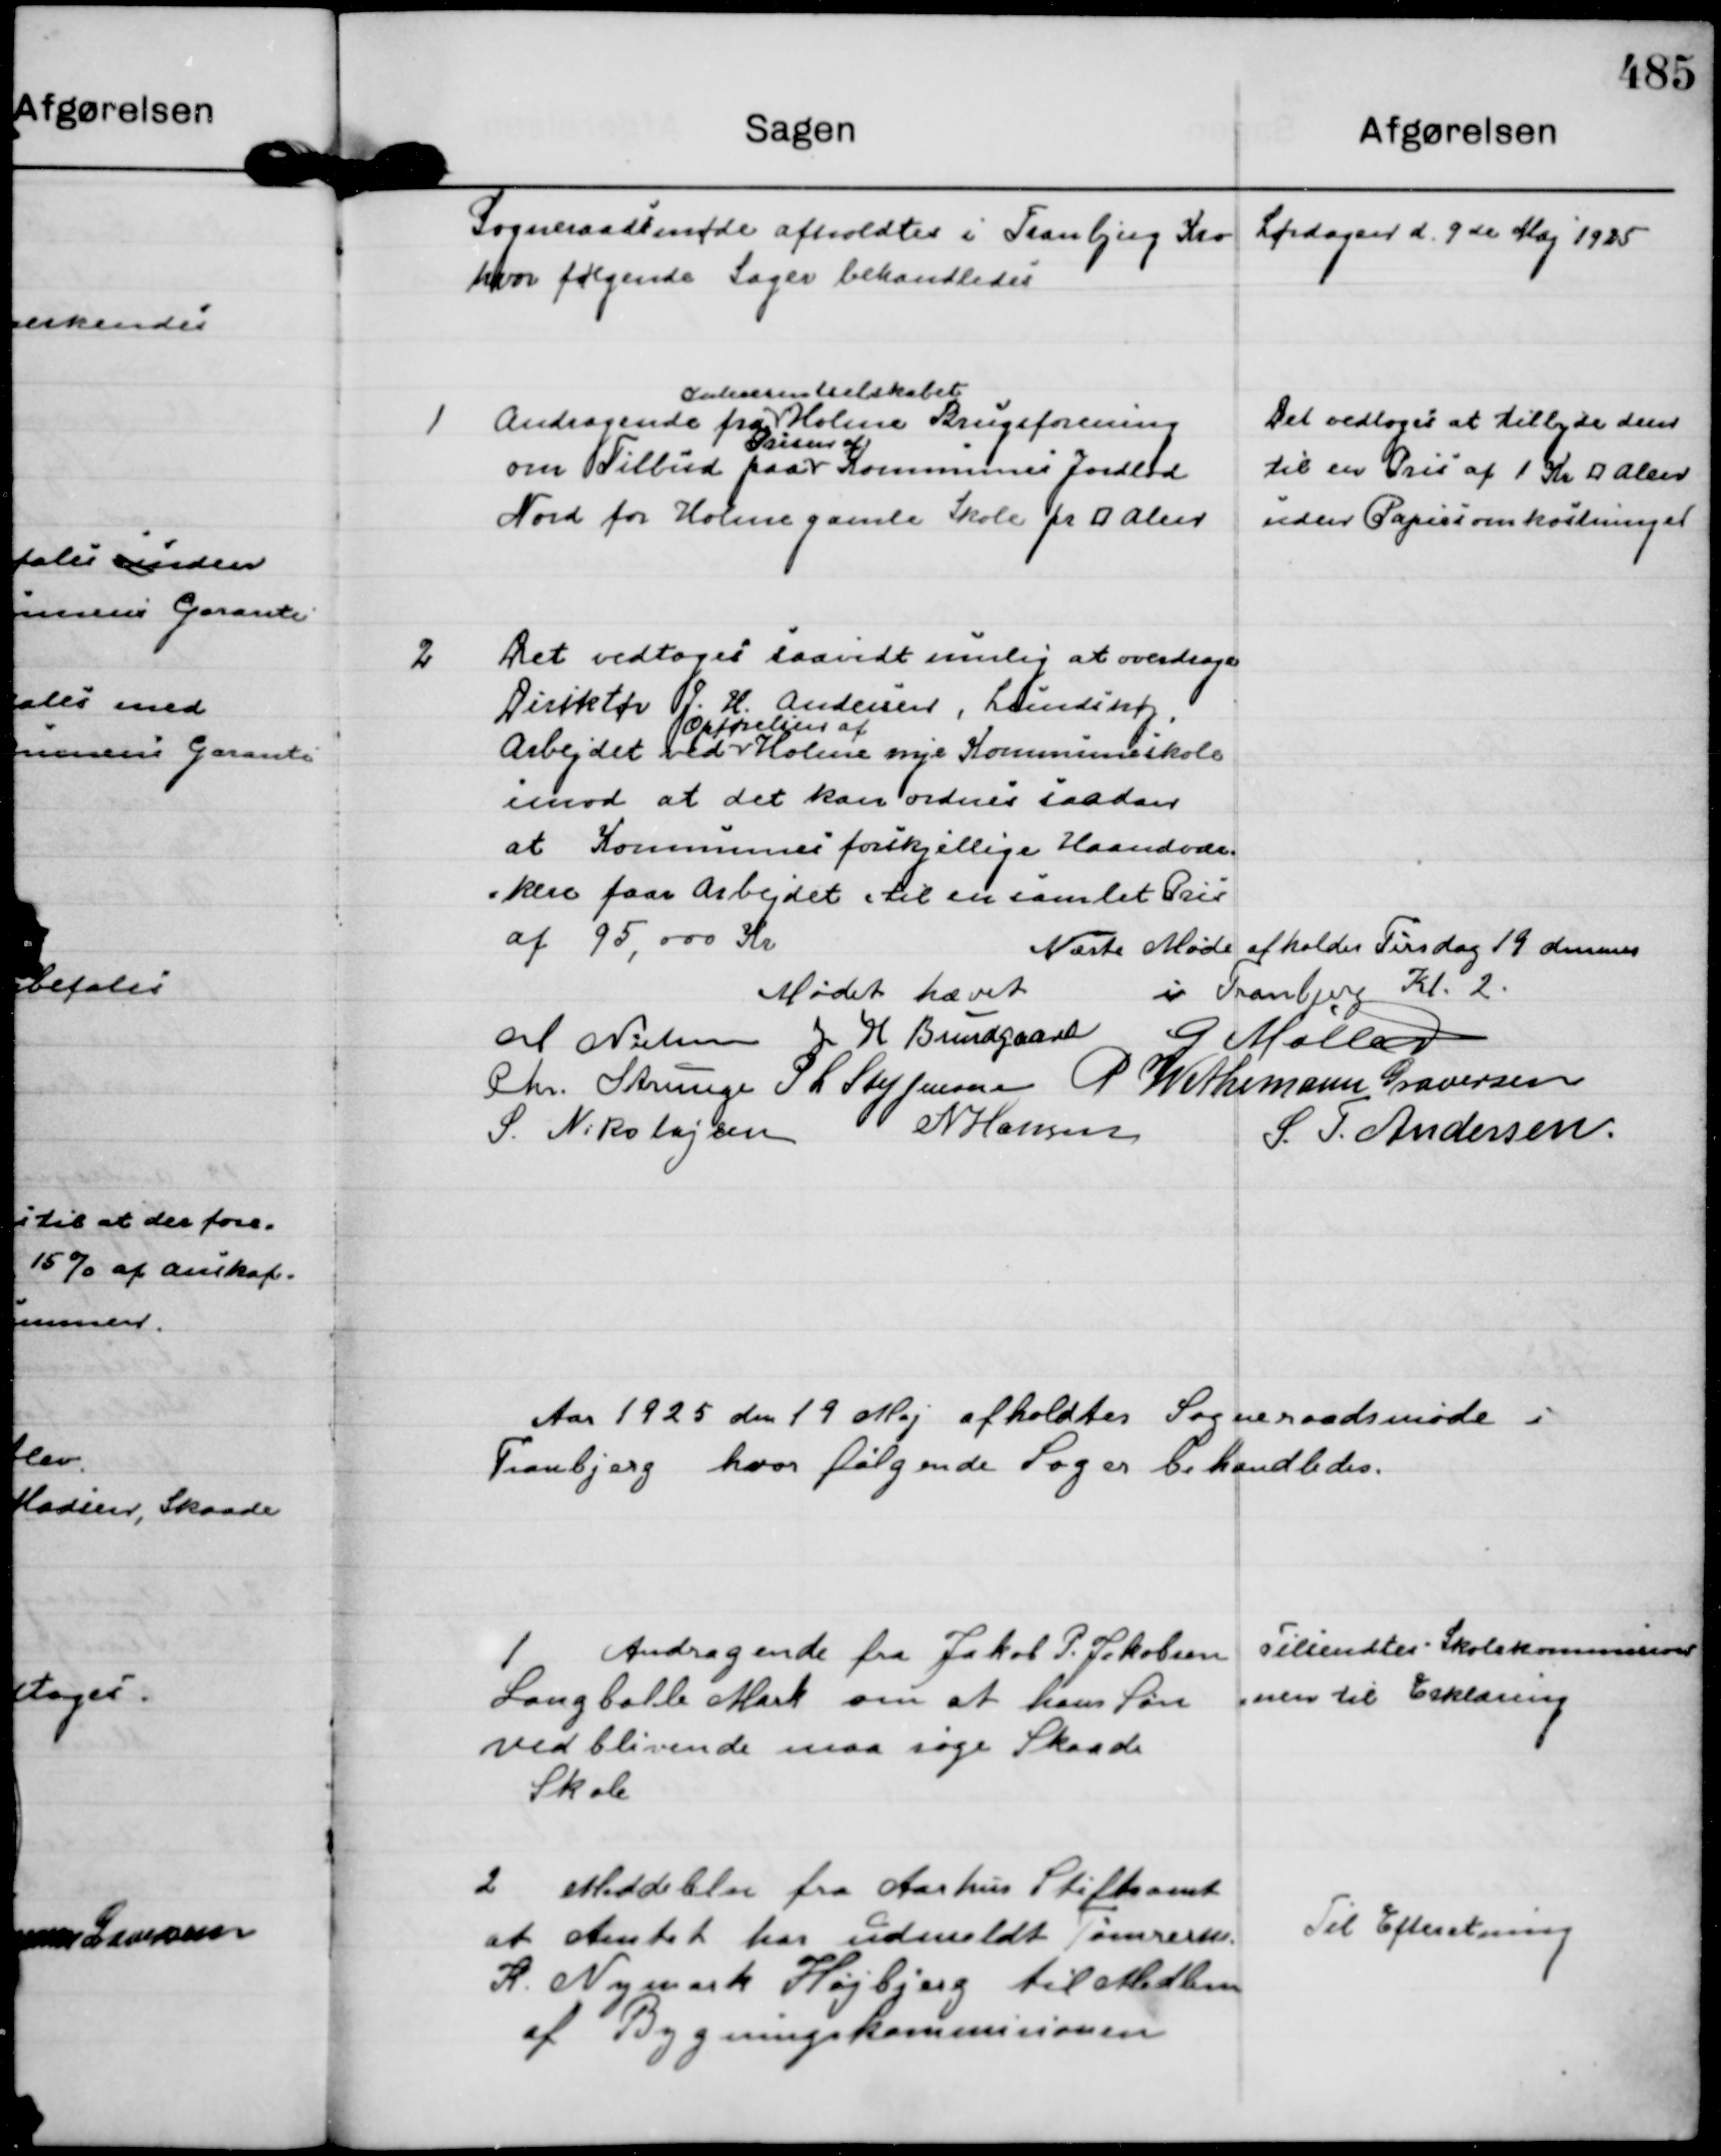
Transskription:
Sogneraadsmøde afholdtes i Tranbjerg Kro Lørdagen d. 9 de Maj 1925
hvor følgende Sager behandledes

1
Andragende fra
Interesentselskabet
Holme Brugsforening
om Tilbud paa
Prisen af
Kommunes Jordlod
Nord for Holme gamle Skole pr ⁥ Alen

Det vedtoges at tilbyde dem
til en Pris af 1 Kr ⁥ Alen
uden Papirsomkostninger

2
Det vedtoges saavidt mulig at overdrage
Direktør J. H. Andersen, Lundshøj,
Arbejdet ved
Opførelsen af
Holme nye Kommuneskole
imod at det kan ordnes saadan
at Kommunes forskjellige Haandvær=
=kere faar Arbejdet til en samlet Pris 
af 95.000 kr.

Næste Møde afholdes Tirsdag 19 dennes
i Tranbjerg Kl. 2.

Mødet hævet
M Nielsen
J H Bundgaard
G Møller
Chr. Strunge
P L Steffensen
P Wethemann Graversen
S. Nikolajsen
N Hansen
S. T. Andersen.

Aar 1925 den 19 Maj afholdtes Sogneraadsmøde i
Tranbjerg hvor følgende Sager behandledes.

1
Andragende fra Jakob P. Jakobsen
Langballe Mark om at hans Søn
vedblivende maa søge Skaade
Skole

Tilsendtes Skolekommision
=nen til Erklæring

2
Meddelelse fra Aarhus Stiftamt
at Amtet har udmeldt Tømreren.
K Nymark Højbjerg til Medlem 
af Bygningskommisionen

Til Efteretning